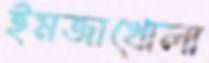
ইমজাখোলা